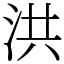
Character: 洪